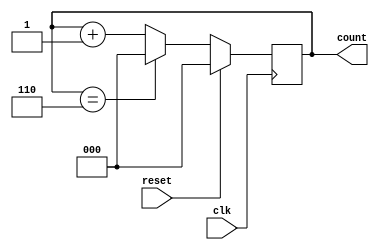
module mod7_counter(
	input clk,reset,
	output reg [2:0]count
	);

	always@(posedge clk)
	if(reset)
		count<=3'b000;

	else if(count==3'b110)
		count<=3'b000;

	else
		count<=count+1;
endmodule